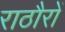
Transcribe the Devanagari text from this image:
राठौरों